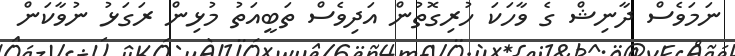
ނަމަވެސް ދާނިޝް ގެ ވާހަކަ ހުރިގޮތުން އަދިވެސް ތަބީއަތު މުޅިން ރަގަޅު ނުވާކަން